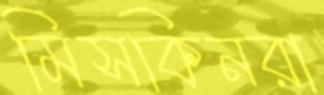
মিসকিনরা